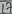
Text: I7